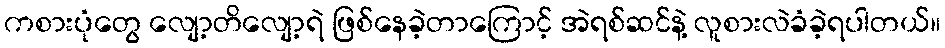
ကစားပုံတွေ လျော့တိလျော့ရဲ ဖြစ်နေခဲ့တာကြောင့် အဲရစ်ဆင်နဲ့ လူစားလဲခံခဲ့ရပါတယ်။